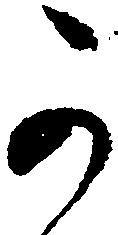
可